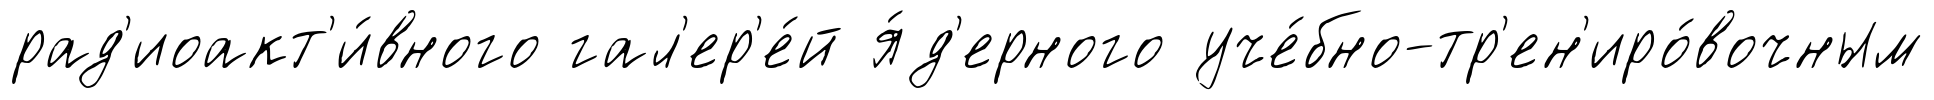
рад'иоакт'и́вного гал'ер'е́й я́д'ерного уче́бно-тр'ен'иро́вочным